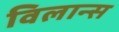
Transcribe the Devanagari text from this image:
विलान्स